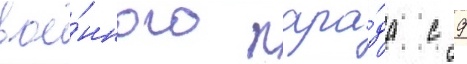
вое́нного пара́да с 9